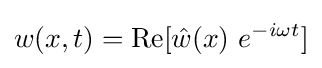
w(x,t)={\text{Re}}[{\hat {w}}(x)~e^{-i\omega t}]